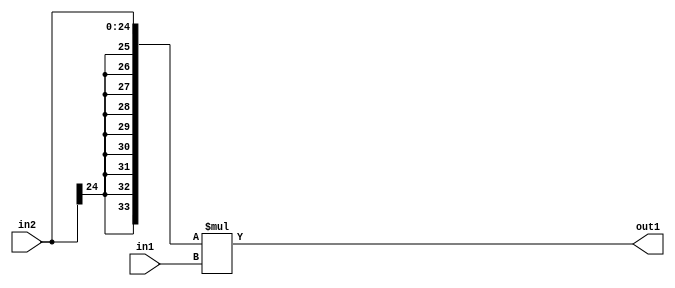
`timescale 1ps / 1ps
/*****************************************************************************
    Verilog RTL Description
    
    
    Created by: Stratus DpOpt 21.05.01 
*******************************************************************************/

module SobelFilter_Mul_25Sx20U_34S_1 (
	in2,
	in1,
	out1
	); /* architecture "behavioural" */ 
input [24:0] in2;
input [19:0] in1;
output [33:0] out1;
wire [33:0] asc001;

assign asc001 = 
	+({{9{in2[24]}}, in2} * in1);

assign out1 = asc001;
endmodule

/* CADENCE  ubL5TQw= : u9/ySxbfrwZIxEzHVQQV8Q== ** DO NOT EDIT THIS LINE ******/